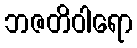
ဘဇတိဝါရော